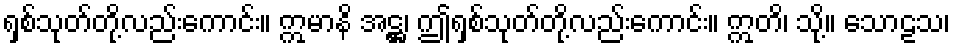
ရှစ်သုတ်တို့လည်းကောင်း။ ဣမာနိ အဋ္ဌ၊ ဤရှစ်သုတ်တို့လည်းကောင်း။ ဣတိ၊ သို့။ သောဠသ၊